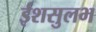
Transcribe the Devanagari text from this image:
ईशसुलभ